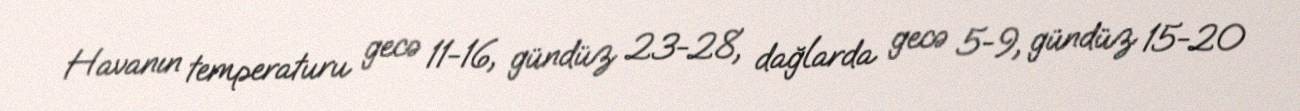
Havanın temperaturu gecə 11-16, gündüz 23-28, dağlarda gecə 5-9, gündüz 15-20